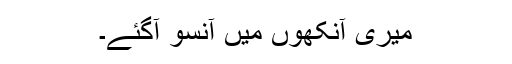
میری آنکھوں میں آنسو آگئے۔